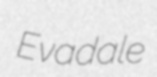
Evadale